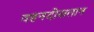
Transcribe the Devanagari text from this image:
वहनदोसतान